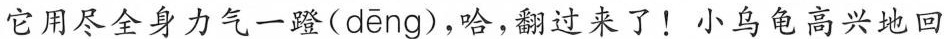
它用尽全身力气一蹬( dēng )，哈，翻过来了！小乌龟高兴地回